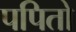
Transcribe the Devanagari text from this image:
पपितो